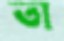
তা